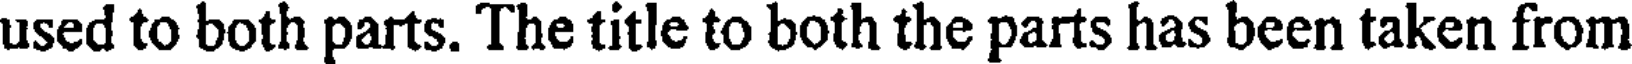
used to both parts. The title to both the parts has been taken from